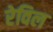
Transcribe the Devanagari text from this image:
रेविल